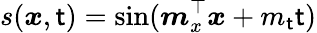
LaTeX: s(\boldsymbol{x},\mathsf{t})=\sin(\boldsymbol{m}_{x}^{\top}\boldsymbol{x}+m_{\mathsf{t}}\mathsf{t})